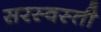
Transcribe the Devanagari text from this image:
सरस्वस्ती